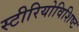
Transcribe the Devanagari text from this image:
स्टीरियोविशिष्ट